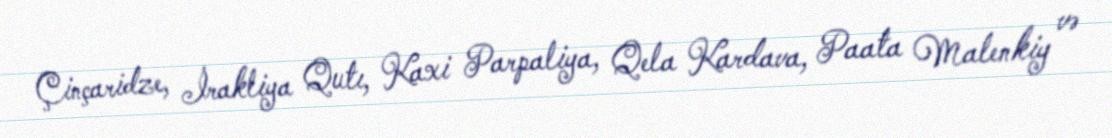
Çinçaridze, İrakliya Qutı, Kaxi Parpaliya, Qela Kardava, Paata Malenkiy və